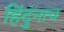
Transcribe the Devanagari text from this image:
हिंदुंनाच